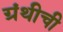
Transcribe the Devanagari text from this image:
ग्रंथीची